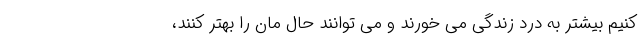
کنیم بیشتر به درد زندگی می خورند و می توانند حال مان را بهتر کنند،